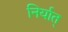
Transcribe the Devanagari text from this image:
निर्यात्‌